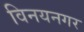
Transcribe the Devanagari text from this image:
विनयनगर